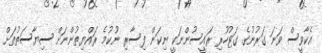
އެކާވީސް ވަނަ ގަރުނުގެ ގަޓުހުރި ރައީސުންނަކީ ނިކަން ފިސާރި ނުކުމެ ރައްޔިތުންނަށް ސިޔާސަތުތަށް